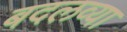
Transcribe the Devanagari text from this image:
बदलव्या